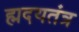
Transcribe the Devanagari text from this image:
ह्मदयतंत्र